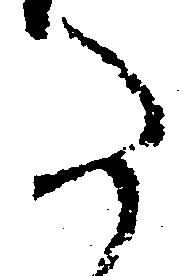
た